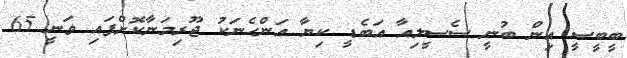
ބީބީސީ އިން ބުނީ ސެސީލިއާ އަބެޑީ ކިޔާ އަންހެނަކު ޖޫރިމަނާކޮށްފައި ވަނީ 65